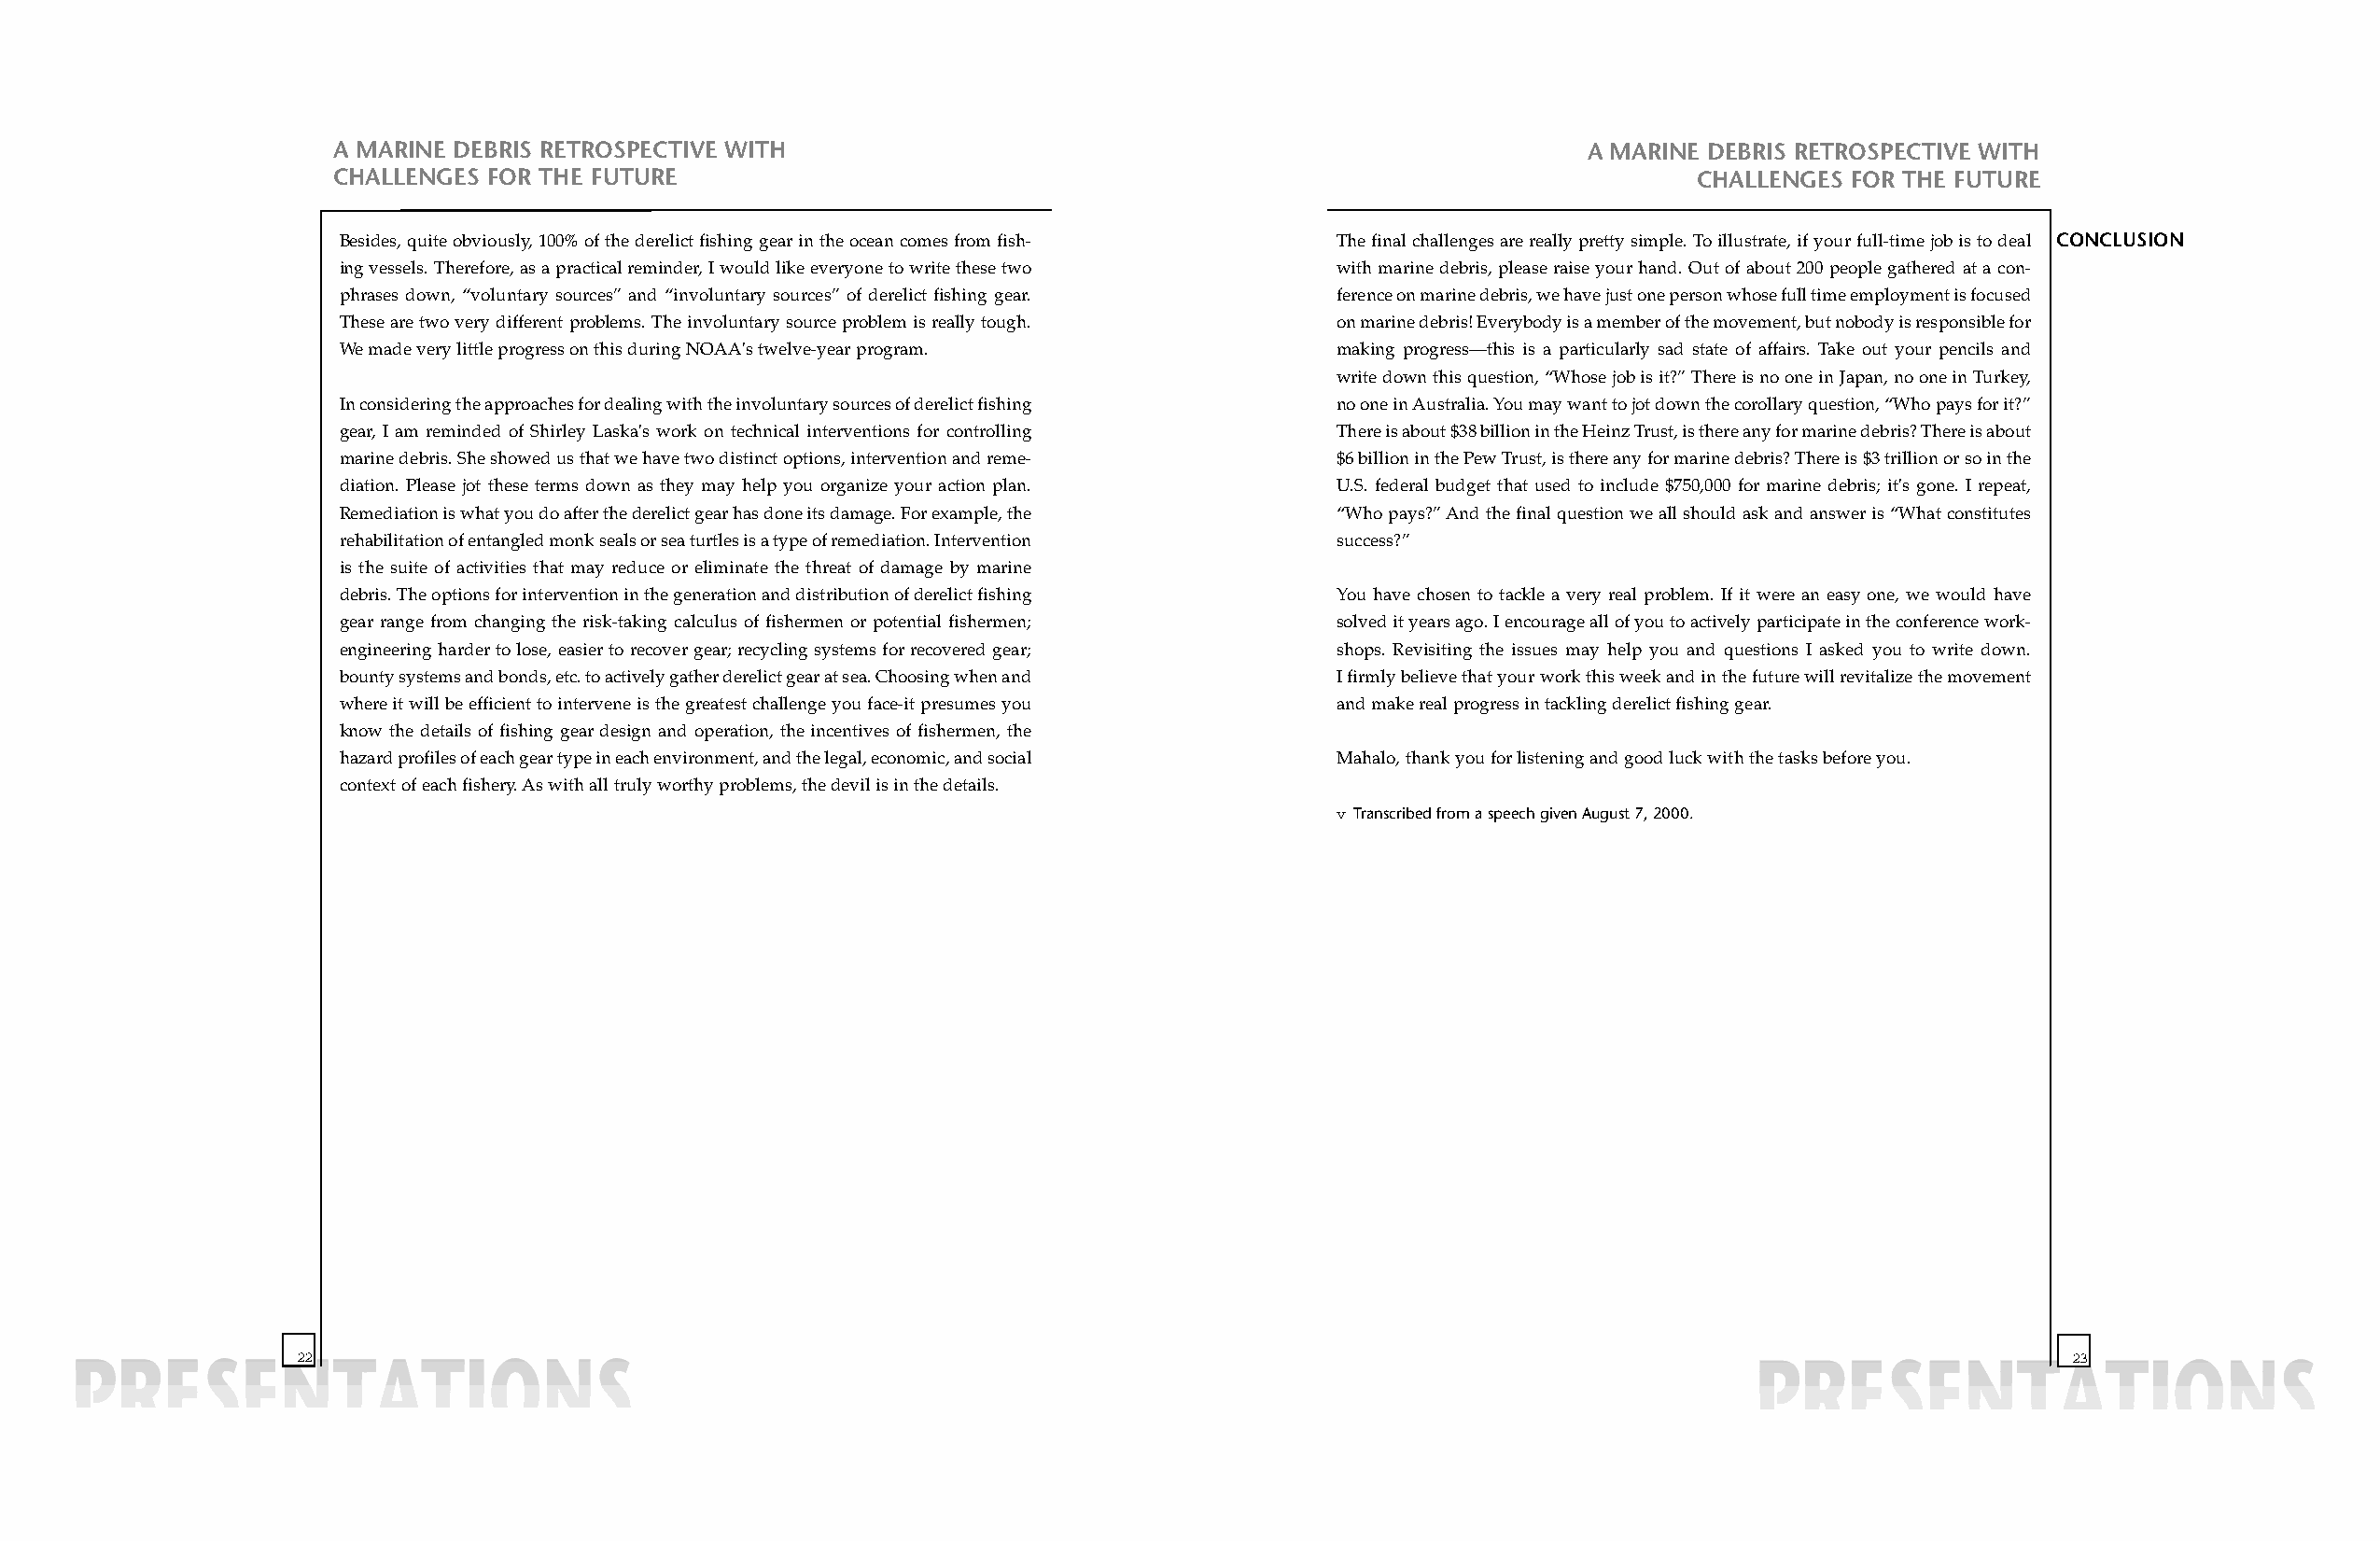
A MARINE DEBRIS RETROSPECTIVE WITH                                                       A MARINE DEBRIS RETROSPECTIVE WITH
 CHALLENGES FOR THE FUTURE                                                                       CHALLENGES FOR THE FUTURE
 Besides, quite obviously, 100% of the derelict fishing gear in the ocean comes from fish- The final challenges are really pretty simple. To illustrate, if your full-time job is to deal CONCLUSION
 ing vessels. Therefore, as a practical reminder, I would like everyone to write these two with marine debris, please raise your hand. Out of about 200 people gathered at a con-
 phrases down, “voluntary sources” and “involuntary sources” of derelict fishing gear. ference on marine debris, we have just one person whose full time employment is focused
 These are two very different problems. The involuntary source problem is really tough. on marine debris! Everybody is a member of the movement, but nobody is responsible for
 We made very little progress on this during NOAA's twelve-year program. making progress—this is a particularly sad state of affairs. Take out your pencils and
 write down this question, “Whose job is it?” There is no one in Japan, no one in Turkey,
 In considering the approaches for dealing with the involuntary sources of derelict fishing no one in Australia. You may want to jot down the corollary question, “Who pays for it?”
 gear, I am reminded of Shirley Laska's work on technical interventions for controlling There is about $38 billion in the Heinz Trust, is there any for marine debris? There is about
 marine debris. She showed us that we have two distinct options, intervention and reme- $6 billion in the Pew Trust, is there any for marine debris? There is $3 trillion or so in the
 diation. Please jot these terms down as they may help you organize your action plan. U.S. federal budget that used to include $750,000 for marine debris; it's gone. I repeat,
 Remediation is what you do after the derelict gear has done its damage. For example, the “Who pays?” And the final question we all should ask and answer is “What constitutes
 rehabilitation of entangled monk seals or sea turtles is a type of remediation. Intervention success?”
 is the suite of activities that may reduce or eliminate the threat of damage by marine
 debris. The options for intervention in the generation and distribution of derelict fishing You have chosen to tackle a very real problem. If it were an easy one, we would have
 gear range from changing the risk-taking calculus of fishermen or potential fishermen; solved it years ago. I encourage all of you to actively participate in the conference work-
 engineering harder to lose, easier to recover gear; recycling systems for recovered gear; shops. Revisiting the issues may help you and questions I asked you to write down.
 bounty systems and bonds, etc. to actively gather derelict gear at sea. Choosing when and I firmly believe that your work this week and in the future will revitalize the movement
 where it will be efficient to intervene is the greatest challenge you face-it presumes you and make real progress in tackling derelict fishing gear.
 know the details of fishing gear design and operation, the incentives of fishermen, the
 hazard profiles of each gear type in each environment, and the legal, economic, and social Mahalo, thank you for listening and good luck with the tasks before you.
 context of each fishery. As with all truly worthy problems, the devil is in the details.
 v Transcribed from a speech given August 7, 2000.
 22                                                                                                                            23